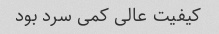
کیفیت عالی کمی سرد بود